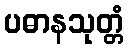
ပဓာနသုတ္တံ